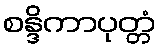
စန္ဒိကာပုတ္တံ